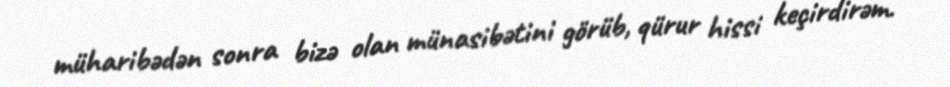
müharibədən sonra bizə olan münasibətini görüb, qürur hissi keçirdirəm.